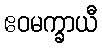
ဧဝမက္ခာယီ